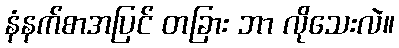
နံနက်စာအပြင် တခြား ဘာ လိုသေးလဲ။